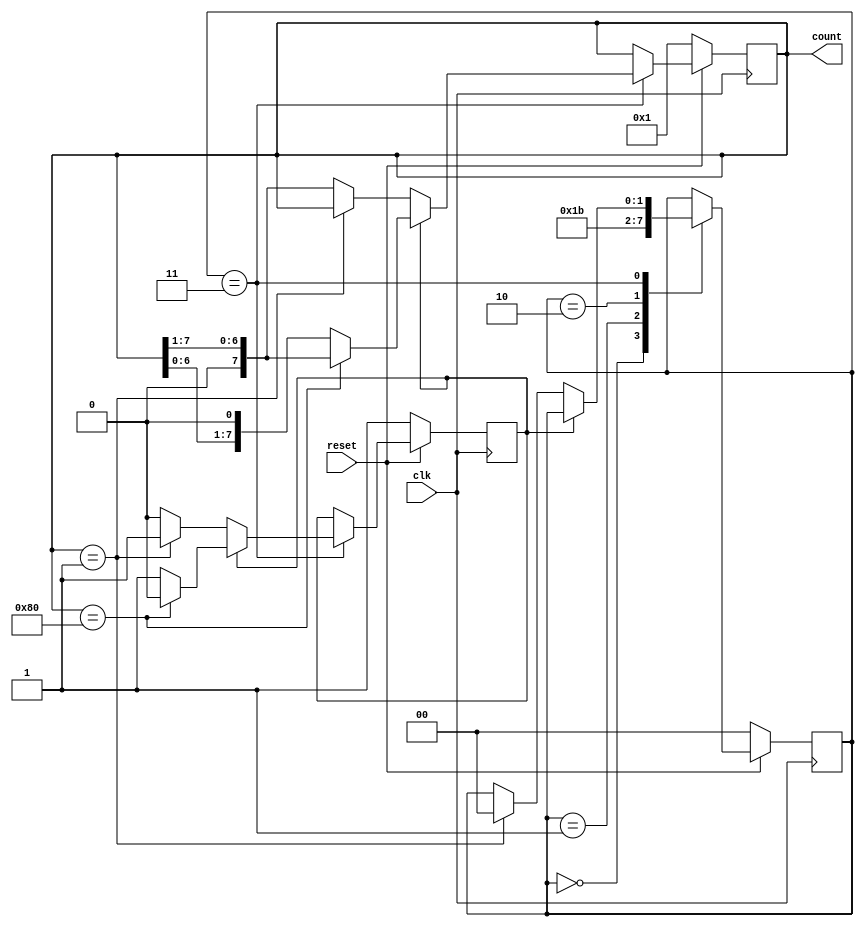
module shift_counter(output reg [7:0] count, input clk, reset);

    reg [1:0] status;
    reg dir;

    always @(posedge clk) begin
        if(~reset) begin
            count <= 8'b1;
            status <= 2'b00;
            dir <= 1'b1;           
        end
        else begin
            case(status)
                2'b00: status <= 2'b01;
                2'b01: status <= 2'b10;
                2'b10: status <= 2'b11;
                2'b11: begin
                    if(dir) begin
                        if(count == 8'b1000_0000) begin
                            count <= count >> 1;
                            dir <= 1'b0;
                        end
                        else
                            count <= count << 1;
                    end 
                    else begin
                        if(count == 8'b1) begin
                            status <= 2'b00;
                            dir <= 1'b1;
                        end
                        else
                            count <= count >> 1;         
                    end
                end
                default: begin
                    count <= 8'b1;
                    status <= 2'b00;
                    dir <= 1'b1;                   
                end
            endcase    
        end         
    end

endmodule